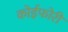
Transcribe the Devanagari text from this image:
कोईफोरी